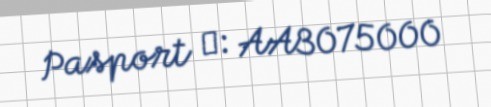
Pasport №: AA3075000